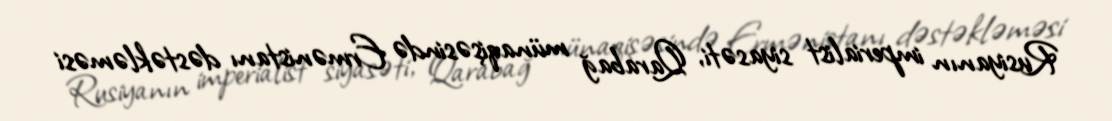
Rusiyanın imperialist siyasəti, Qarabağ münaqişəsində Ermənistanı dəstəkləməsi